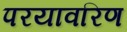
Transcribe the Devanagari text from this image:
परयावरिण